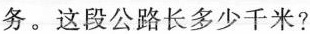
务。这段公路长多少千米?